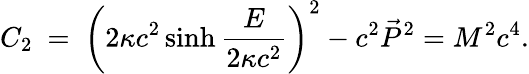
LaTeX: C_{2}\ =\ \left(2\kappa c^{2}\sinh\frac{E}{2\kappa c^{2}}\right)^{2}-c^{2}\vec{P}^{2}=M^{2}c^{4}.